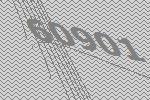
60901